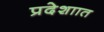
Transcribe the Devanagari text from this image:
प्रदेशाात